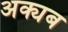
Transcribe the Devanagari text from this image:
अक्यब